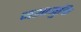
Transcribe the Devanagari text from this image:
नशामुक्ति